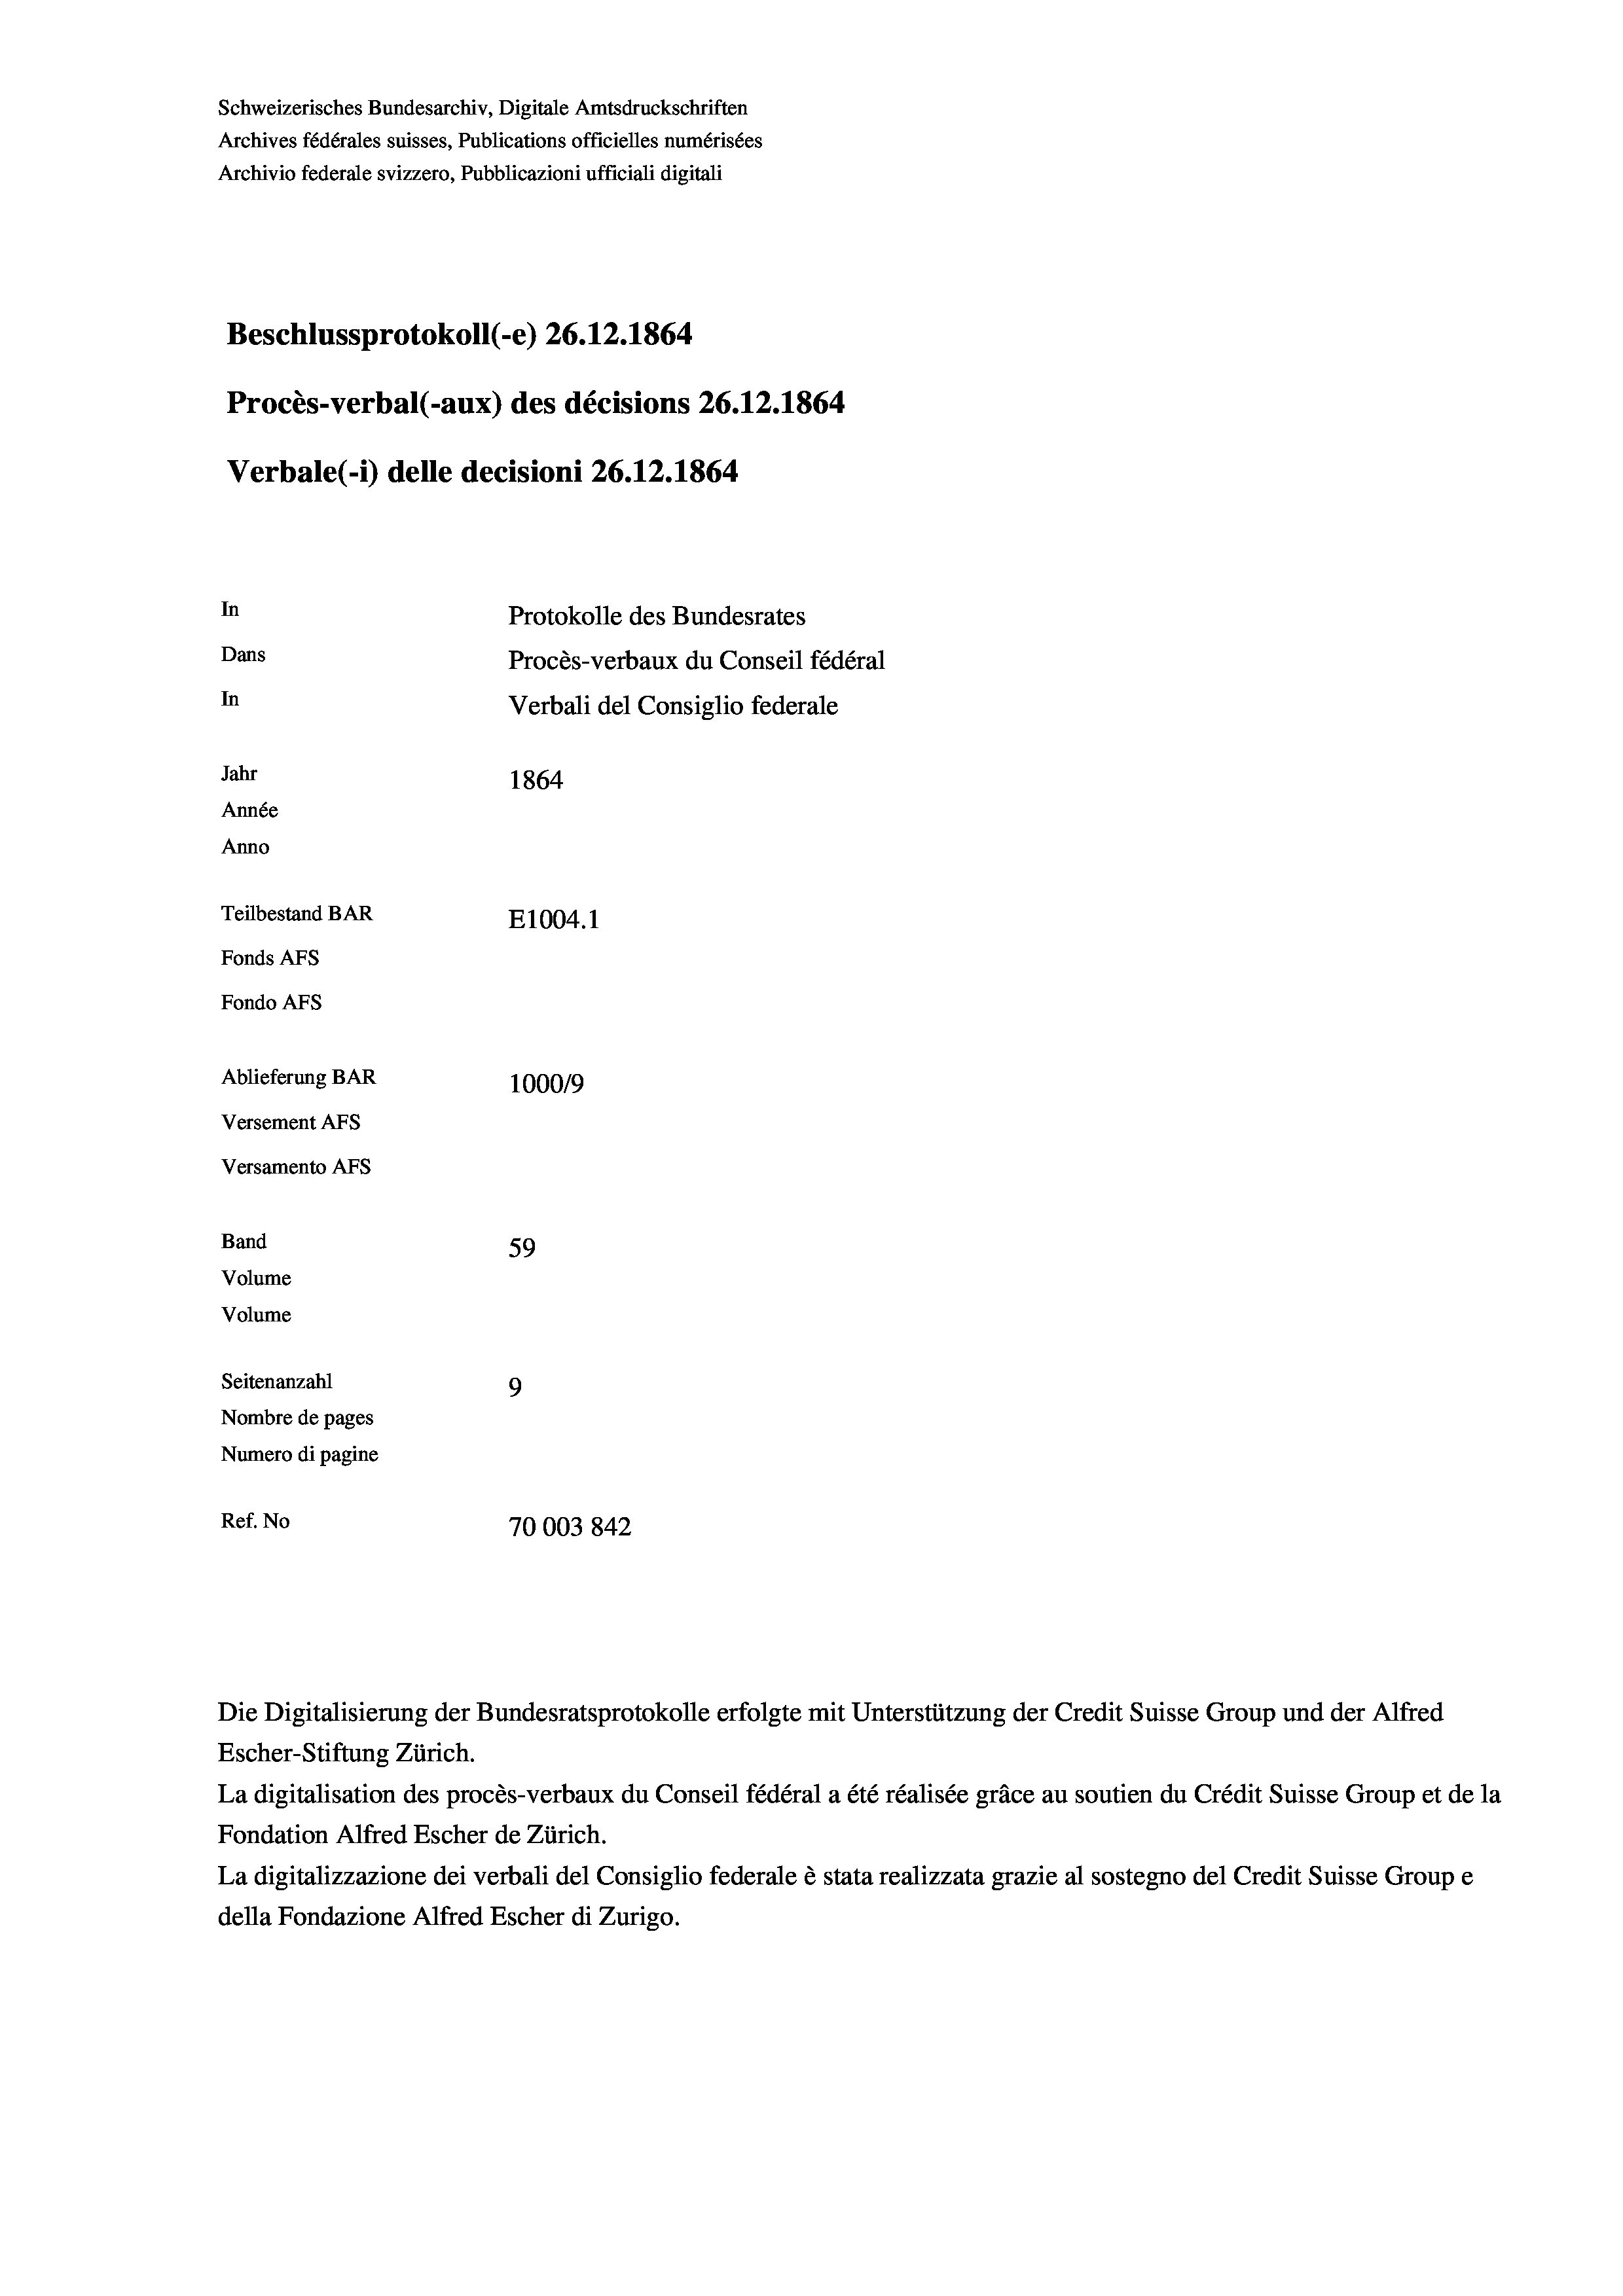
Schweizerisches Bundesarchiv, Digitale Amtsdruckschriften
Archives fédérales suisses, Publications officielles numérisées
Archivio federale svizzero, Pubblicazioni ufficiali digitali
Beschlussprotokoll (-e) 26.12.1864
Procès-verbal (-aux) des décisions 26.12.1864
Verbale (i) delle decisioni 26. 12. 1864
In
Protokolle des Bundesrates
Dans
Procès-verbaux du Conseil fédéral
In
Jahr
1864
Année
Anno
Teilbestand BAR
E1004. 1
Fonds Afs
Fondo AFs
Ablieferung BAR
100019
Versement AFS
Versamento Afs
Band
59
Volume
Volume

Seitenanzahl
9
Nombre de pages
Numero di pagine
Ref. No
70003 842

Verbali del Consiglio federale

Escher-Stiftung Zürich.
La digitalisation des procès-verbaux du Conseil fédéral a été réalisée gräce au soutien du Crédit Suisse Group et de la
Fondation Alfred Escher de Zürich.
La digitalizzazione dei verbali del Consiglio federale è stata realizzata grazie al sostegno del Credit Suisse Groupe
della Fondazione Alfred Escher di Zurigo.

Die Digitalisierung der Bundesratsprotokolle erfolgte mit Unterstützung der Credit Suisse Group und der Alfred